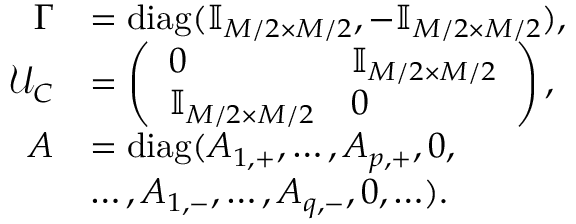
\begin{array} { r l } { \Gamma } & { = \mathrm { d i a g } ( \mathbb { I } _ { M / 2 \times M / 2 } , - \mathbb { I } _ { M / 2 \times M / 2 } ) , } \\ { \mathcal { U } _ { C } } & { = \left( \begin{array} { l l } { 0 } & { \mathbb { I } _ { M / 2 \times M / 2 } } \\ { \mathbb { I } _ { M / 2 \times M / 2 } } & { 0 } \end{array} \right) , } \\ { A } & { = \mathrm { d i a g } ( A _ { 1 , + } , \ldots , A _ { p , + } , 0 , } \\ & { \ldots , A _ { 1 , - } , \ldots , A _ { q , - } , 0 , \ldots ) . } \end{array}